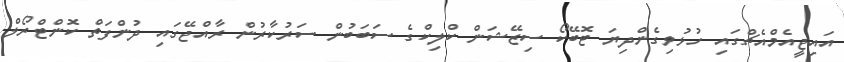
އައިޖީއެމްއެޗްގައި ހުޅުވިގެންދިޔަ ޓޮބޭކޯ ސިޒޭޝަން ކްލިކްގެ ސަބަބުން ސަރުކާރުން ރާއްޖޭގައި ދުންފަތް ކޮންޓްރޯލް